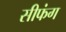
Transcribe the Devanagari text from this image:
सीफंग